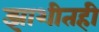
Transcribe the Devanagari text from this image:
झाशीतही